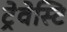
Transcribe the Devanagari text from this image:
ट्रेवेस्टि